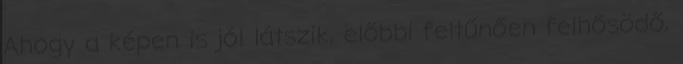
Ahogy a képen is jól látszik, előbbi feltűnően felhősödő,